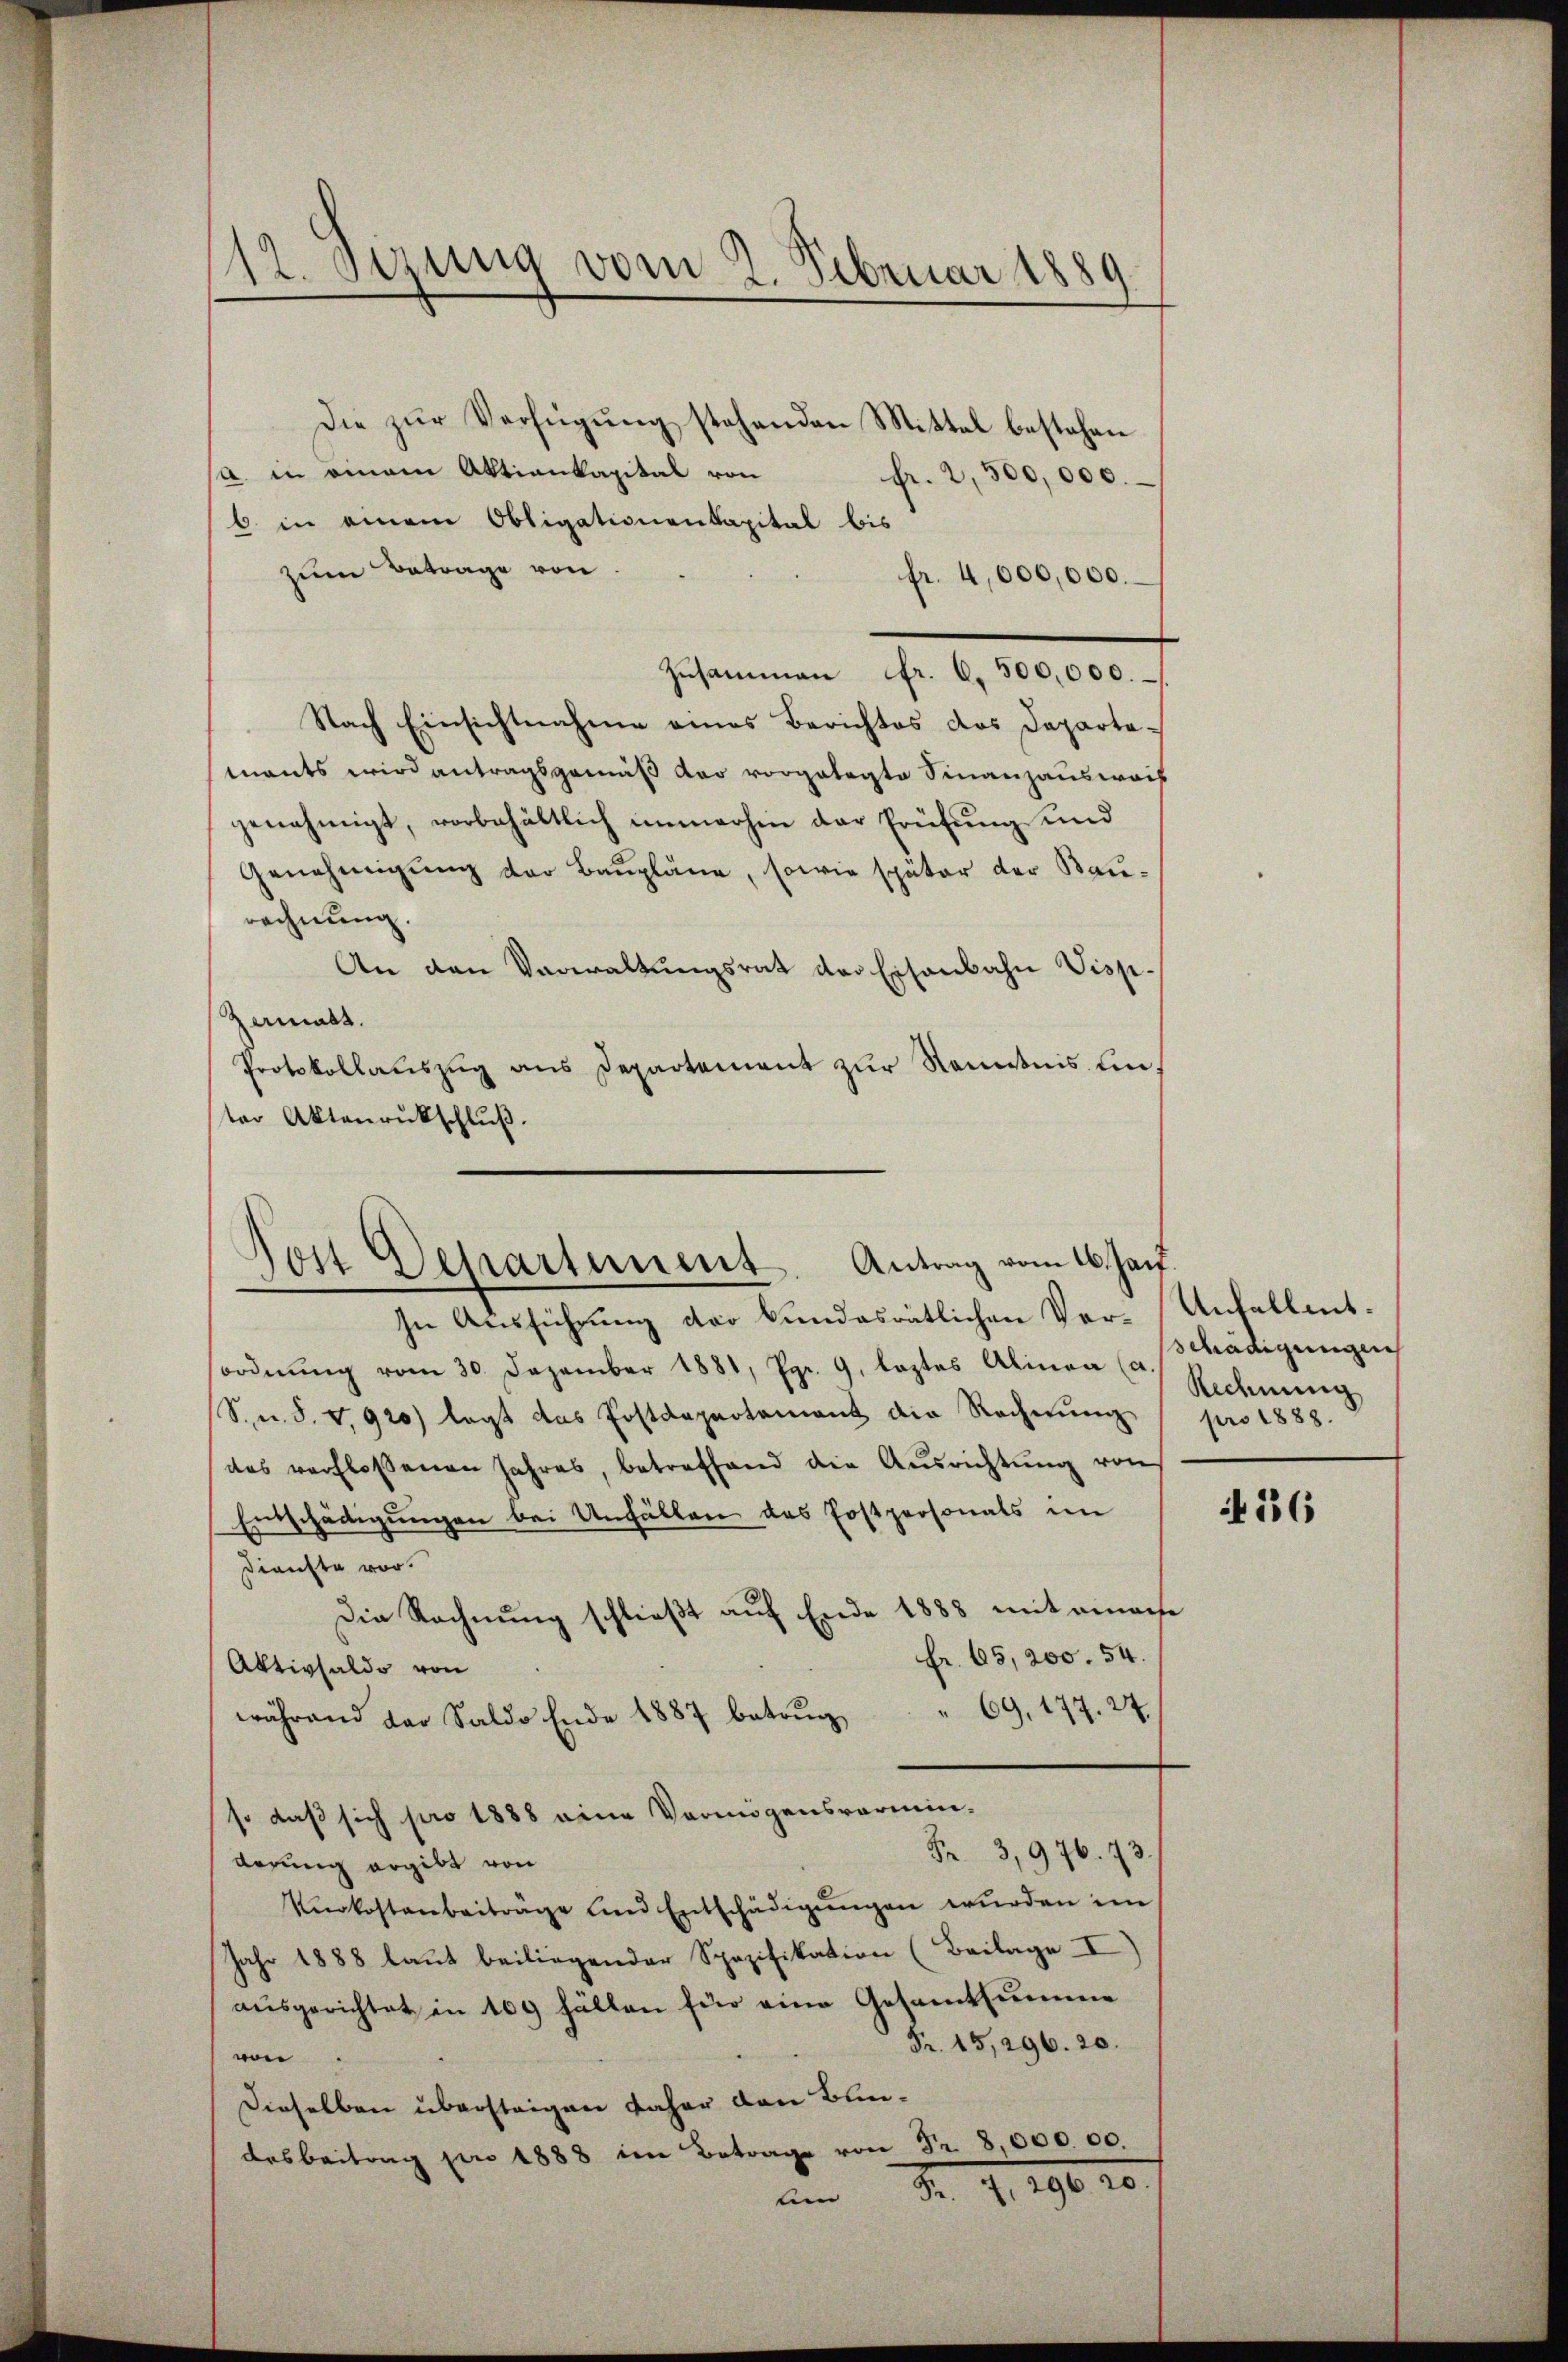
112. Sezung vom 2. Februar 1889.

Die zŭr Verfügŭng stehenden Mittel bestehen
a. in einem Aktienkapital von
fr. 2,500,000.
6 in einem Obligationenkapital bis
zum Betrage von
fr. 4,000,000. –
Zusammen Fr. 6. 500,000.
Nach Einsichtnahme eines Berichtes des Departemants wird antragsgemäß der vorgelegte Finanzausweis
genehmigt, vorbehältlich immerhin der Prüfung und
Genehmigung der Baupläne, sowie später der Baurechnung.
An den Verwaltungsrat der Eisenbahn Visp¬
Zermatt.
Protokollaŭszŭg ans Departement zŭr Kenntnis unter Aktenrückschluß.

Noit Departement. Antrag vom 16. Jan.

In Ausführung der kundesrätlichen Ver-Unfallentsordnŭng vom 30. Dezember 1881, Pgr. 9. leztes Alinea (u. Tradigungen
S. n. F. v. 920) legt das Postdepartement die Rechnŭng pro 1888.
des verfloßenen Jahres, betreffend die Aŭsrichtŭng von
Enntschädigungen bei Unfällen des Postpersonals im
Dienste vor.
Die Rechnung schließt auf Ende 1888 mit einahe
Fr. 65,200. 54.
Aktivsaldo von
 69, 177. 27.
während der Saldo Ende 1887 betrug,
so daß sich pro 1888 eine Vermögensvermin-
Fr. 3,976. 73.
derung ergibt von
Krokostenbeiträge und Entschädigŭngen wurden im
Jahr 1888 laut beiliegender Spezifikation (Beilage I)
ausgerichtet in 109 fällen für eine Gesamtsumme
Fr. 15,296. 20.
von.
Dieselben übersteigen daher von Bundesbeitrag pro 1888 im Betrage Fr. 800000.
um Fr. 9. 190. 20.

Rechnung

if. 136